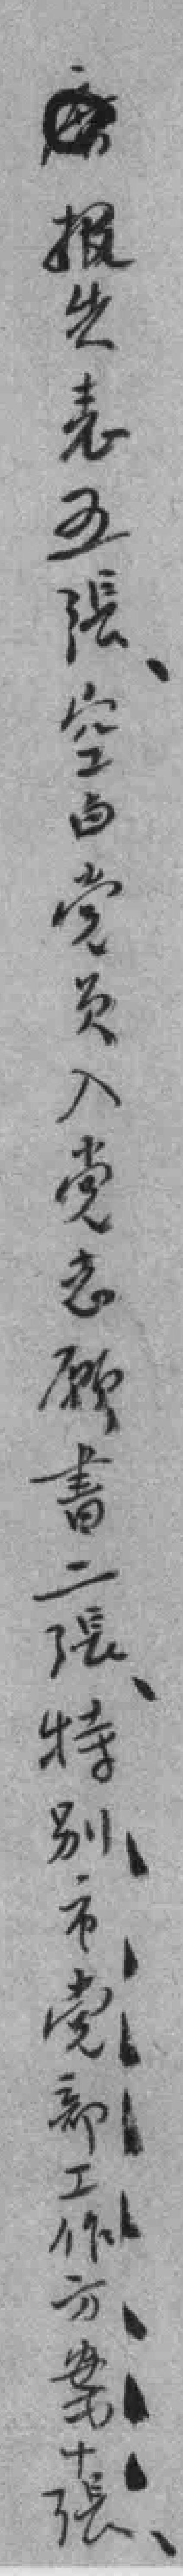
报告表五張空白党员入党志願書二張特别市党部工作方案十張